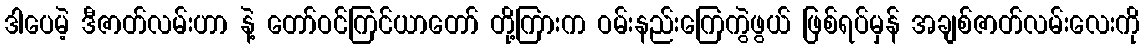
ဒါပေမဲ့ ဒီဇာတ်လမ်းဟာ နဲ့ တော်ဝင်ကြင်ယာတော် တို့ကြားက ဝမ်းနည်းကြေကွဲဖွယ် ဖြစ်ရပ်မှန် အချစ်ဇာတ်လမ်းလေးကို